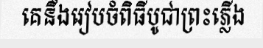
គេនឹងរៀបចំពិធីបូជាព្រះភ្លើង